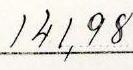
141,98